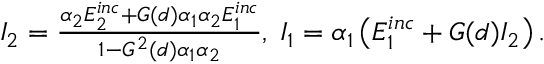
\begin{array} { r } { I _ { 2 } = \frac { \alpha _ { 2 } E _ { 2 } ^ { i n c } + G ( d ) \alpha _ { 1 } \alpha _ { 2 } E _ { 1 } ^ { i n c } } { 1 - G ^ { 2 } ( d ) \alpha _ { 1 } \alpha _ { 2 } } , \; I _ { 1 } = \alpha _ { 1 } \left( E _ { 1 } ^ { i n c } + G ( d ) I _ { 2 } \right) . \smallskip } \end{array}